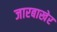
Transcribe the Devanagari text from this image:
जारबाखेर